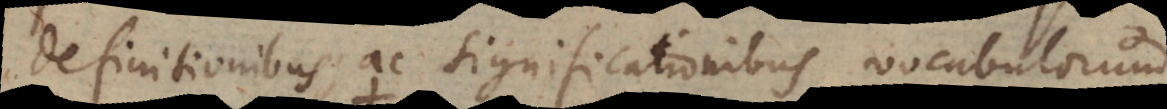
definitionibus ac significationibus vocabulorum